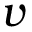
\boldsymbol v